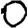
Digit: 0